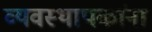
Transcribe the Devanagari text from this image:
व्यवस्थापकांना